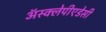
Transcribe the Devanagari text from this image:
अॅस्क्लेपीएडेसी